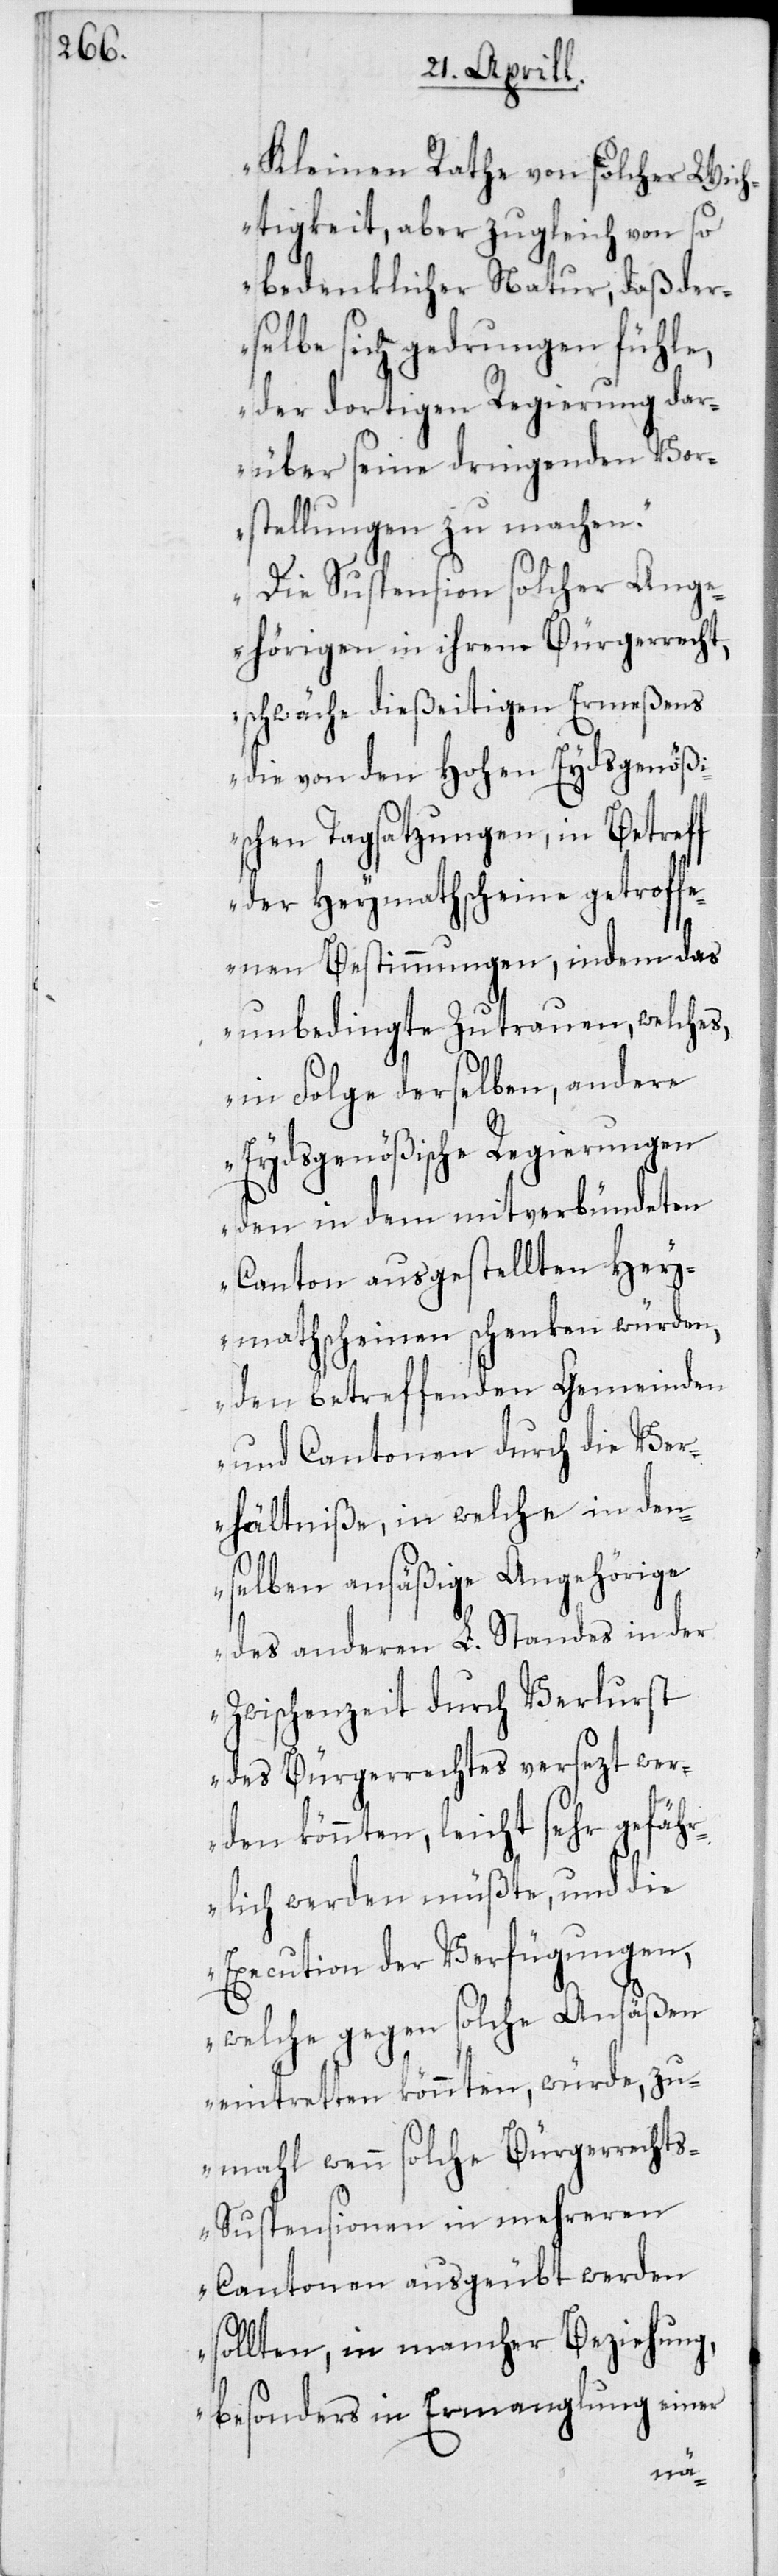
Kleinen Rathe von solcher Wich¬
tigkeit, aber zugleich von so
bedenklicher Natur, daß der¬
selbe sich gedrungen fühle,
der dortigen Regierung dar¬
über seine dringenden Vor¬
stellungen zu machen.
Die Suspension solcher Ange¬
hörigen in ihrem Bürgerrecht,
schwäche dießeitigen Ermeßens
die von den Hohen Eydsgenößi¬
schen Tagsatzungen, in Betreff
der Heymathscheine getroff¬
enen Bestimmungen, indem das
unbedingte Zutrauen, welches,
in Folge derselben, andere
Eydsgenößische Regierungen
den in dem mitverbündeten
Canton ausgestellten Hey¬
mathscheinen schenken würden,
den betreffenden Gemeinden
und Cantonen durch die Ver¬
hältniße, in welche in den¬
selben ansäßige Angehörige
des anderen L. Standes in der
Zwischenzeit durch Verlurst
des Bürgerrechts versezt wer¬
den könnten, leicht sehr gefäh¬
rlich werden müßte, und die
Execution der Verfügungen,
welche gegen solche Ansäßen
eintretten könnten, würde, zu¬
mahl wenn solche Bürgererecht¬
s-Suspensionen in mehreren
Cantonen ausgeübt werden
sollten, in mancher Beziehung,
besonders in Ermanglung einer